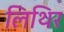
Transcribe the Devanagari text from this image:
लिथिर